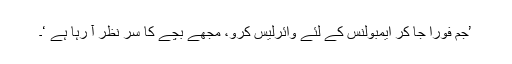
’جم فوراً جا کر ایمبولنس کے لئے وائرلیس کرو، مجھے بچے کا سر نظر آ رہا ہے ‘۔